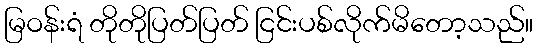
မြဝန်းရံ တိုတိုပြတ်ပြတ် ငြင်းပစ်လိုက်မိတော့သည်။